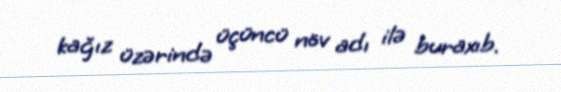
kağız üzərində üçüncü növ adı ilə buraxıb.